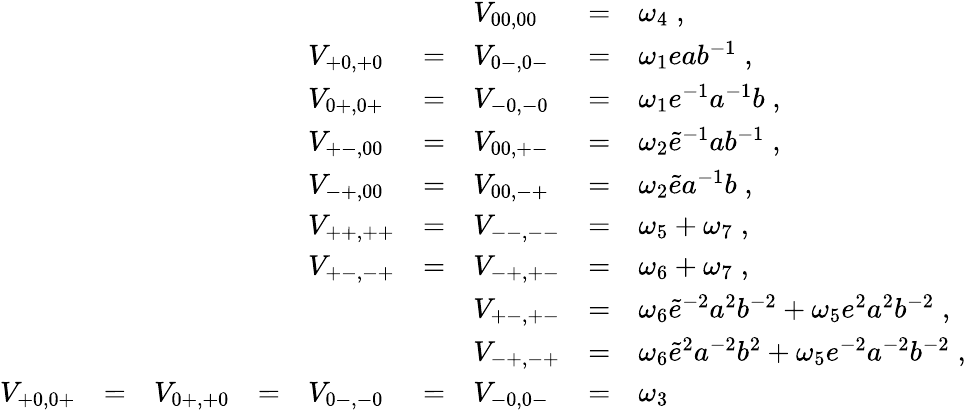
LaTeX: \begin{array}{lllllllll}{{}}&{{}}&{{}}&{{}}&{{}}&{{}}&{{V_{00,00}}}&{{=}}&{{\omega_{4}\; ,}}\\ {{}}&{{}}&{{}}&{{}}&{{V_{+0,+0}}}&{{=}}&{{V_{0-,0-}}}&{{=}}&{{\omega_{1}eab^{-1}\; ,}}\\ {{}}&{{}}&{{}}&{{}}&{{V_{0+,0+}}}&{{=}}&{{V_{-0,-0}}}&{{=}}&{{\omega_{1}e^{-1}a^{-1}b\; ,}}\\ {{}}&{{}}&{{}}&{{}}&{{V_{+-,00}}}&{{=}}&{{V_{00,+-}}}&{{=}}&{{\omega_{2}\tilde{e}^{-1}ab^{-1}\; ,}}\\ {{}}&{{}}&{{}}&{{}}&{{V_{-+,00}}}&{{=}}&{{V_{00,-+}}}&{{=}}&{{\omega_{2}\tilde{e}a^{-1}b\; ,}}\\ {{}}&{{}}&{{}}&{{}}&{{V_{++,++}}}&{{=}}&{{V_{--,--}}}&{{=}}&{{\omega_{5}+\omega_{7}\; ,}}\\ {{}}&{{}}&{{}}&{{}}&{{V_{+-,-+}}}&{{=}}&{{V_{-+,+-}}}&{{=}}&{{\omega_{6}+\omega_{7}\; ,}}\\ {{}}&{{}}&{{}}&{{}}&{{}}&{{}}&{{V_{+-,+-}}}&{{=}}&{{\omega_{6}\tilde{e}^{-2}a^{2}b^{-2}+\omega_{5}e^{2}a^{2}b^{-2}\; ,}}\\ {{}}&{{}}&{{}}&{{}}&{{}}&{{}}&{{V_{-+,-+}}}&{{=}}&{{\omega_{6}\tilde{e}^{2}a^{-2}b^{2}+\omega_{5}e^{-2}a^{-2}b^{-2}\; ,}}\\ {{V_{+0,0+}}}&{{=}}&{{V_{0+,+0}}}&{{=}}&{{V_{0-,-0}}}&{{=}}&{{V_{-0,0-}}}&{{=}}&{{\omega_{3}}}\end{array}